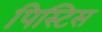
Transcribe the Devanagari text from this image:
पिस्टिस